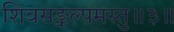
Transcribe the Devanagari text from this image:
शिवसङ्कल्पमस्तु॥३॥